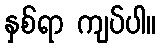
နှစ်ရာ ကျပ်ပါ။